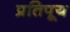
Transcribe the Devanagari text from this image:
प्रतिपूय